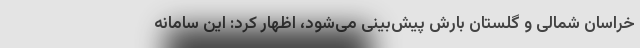
خراسان شمالی و گلستان بارش ‌پیش‌بینی می‌شود، اظهار کرد: این سامانه